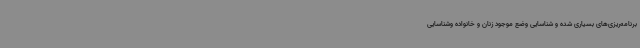
برنامه‌ریزی‌های بسیاری شده و شناسایی وضع موجود زنان و خانواده وشناسایی